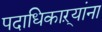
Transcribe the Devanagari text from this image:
पदाधिकाऱ्यांना